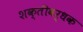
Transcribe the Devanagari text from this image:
शक्तीवर्धक